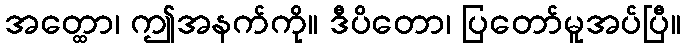
အတ္ထော၊ ဤအနက်ကို။ ဒီပိတော၊ ပြတော်မူအပ်ပြီ။